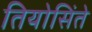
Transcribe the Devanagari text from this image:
तियोसिंते